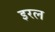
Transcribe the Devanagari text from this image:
इरल